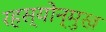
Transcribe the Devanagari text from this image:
रहस्योन्मुख